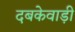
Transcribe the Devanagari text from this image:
दबकेवाड़ी